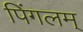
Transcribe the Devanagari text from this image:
पिंगलम्